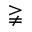
\gneqq